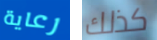
رعاية كذلك